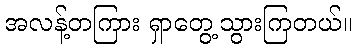
အလန့်တကြား ရှာတွေ့သွားကြတယ်။